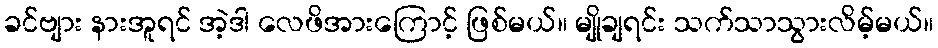
ခင်ဗျား နားအူရင် အဲ့ဒါ လေဖိအားကြောင့် ဖြစ်မယ်။ မျိုချရင်း သက်သာသွားလိမ့်မယ်။